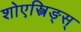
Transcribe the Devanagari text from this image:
शोएस्त्रिङ्स्